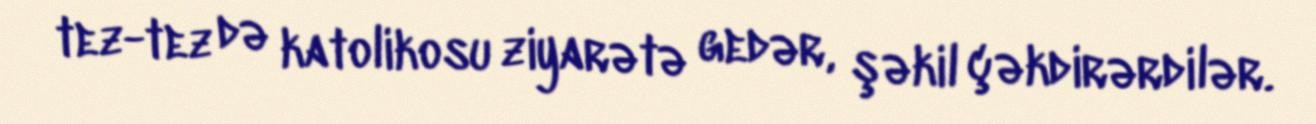
tez-tez də katolikosu ziyarətə gedər, şəkil çəkdirərdilər.